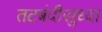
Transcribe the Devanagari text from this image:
तटबंदीसुध्दा